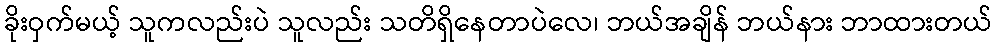
ခိုးဝှက်မယ့် သူကလည်းပဲ သူလည်း သတိရှိနေတာပဲလေ၊ ဘယ်အချိန် ဘယ်နား ဘာထားတယ်